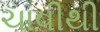
ચાવીથી